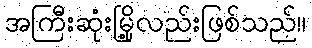
အကြီးဆုံးမြို့လည်းဖြစ်သည်။